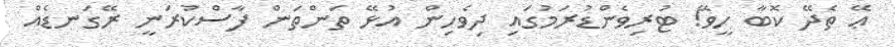
ޢޭ ތެދޭ ކޮބާ ހީވޭ! ޓުރިވެންޑުރަމުގައި ދިވެހިން އުޅޭ ތަަންތަން ފާސްކުރަނީ ރޭގަނޑެއް